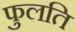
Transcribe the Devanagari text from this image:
फुलति